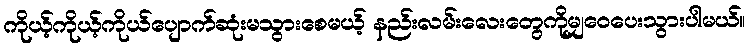
ကိုယ့်ကိုယ့်ကိုယ်ပျောက်ဆုံးမသွားစေမယ့် နည်းလမ်းလေးတွေကိုမျှဝေပေးသွားပါမယ်။